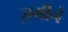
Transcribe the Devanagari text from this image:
ज़मीने